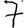
Digit: 7